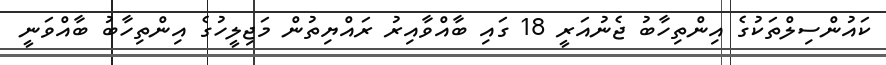
ކައުންސިލްތަކުގެ އިންތިހާބު ޖެނުއަރީ 18 ގައި ބާއްވާއިރު ރައްޔިތުން މަޖިލީހުގެ އިންތިހާބު ބާއްވަނީ